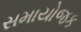
સમાયોજક